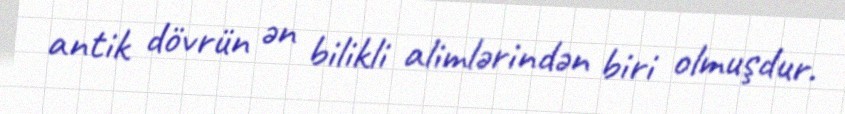
antik dövrün ən bilikli alimlərindən biri olmuşdur.